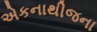
એકનાથીજના